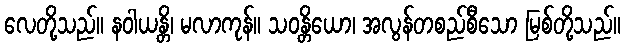
လေတို့သည်။ နဝါယန္တိ၊ မလာကုန်။ သဝန္တိယော၊ အလွန်တစည်စီသော မြစ်တို့သည်။